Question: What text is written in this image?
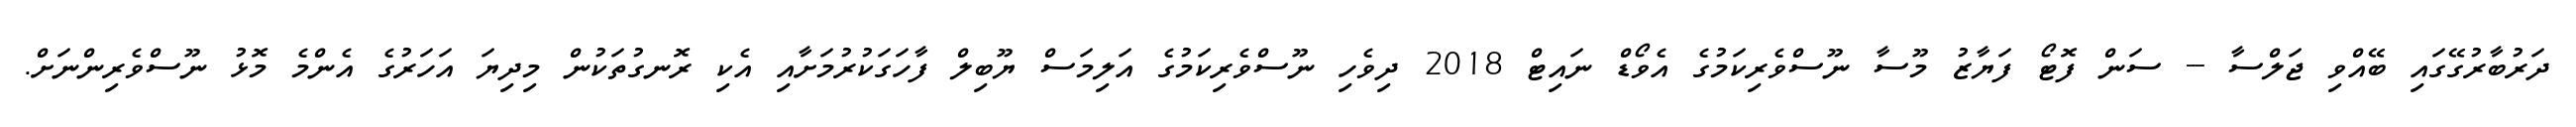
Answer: ދަރުބާރުގޭގައި ބޭއްވި ޖަލްސާ -- ސަން ފޮޓޯ ފަޔާޒު މޫސާ ނޫސްވެރިކަމުގެ އެވޯޑް ނައިޓް 2018 ދިވެހި ނޫސްވެރިކަމުގެ އަލިމަސް ޔޫބިލް ފާހަގަކުރުމަށާއި އެކި ރޮނގުތަކުން މިދިޔަ އަހަރުގެ އެންމެ މޮޅު ނޫސްވެރިންނަށް.